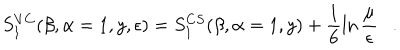
S _ { 1 } ^ { V C } ( \beta , \alpha = 1 , y , \epsilon ) = S _ { 1 } ^ { C S } ( \beta , \alpha = 1 , y ) + \frac 1 6 \ln { \frac { \mu } { \epsilon } } .